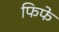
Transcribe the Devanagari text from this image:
फिफे